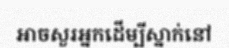
អាចសួរអ្នកដើម្បីស្នាក់នៅ